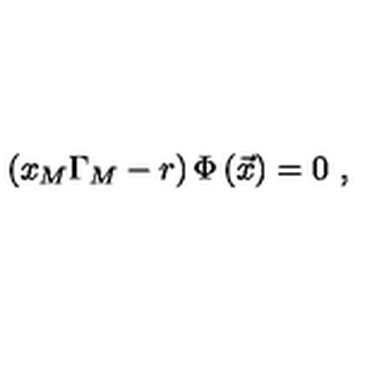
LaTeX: \left( x _ { M } \Gamma _ { M } - r \right) \Phi \left( \vec { x } \right) = 0 \ ,